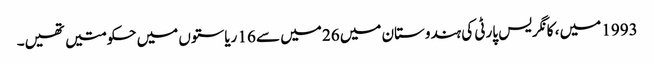
1993 میں ، کانگریس پارٹی کی ہندوستان میں 26 میں سے 16 ریاستوں میں حکومتیں تھیں۔